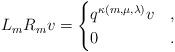
LaTeX: \begin{align*}L_mR_m v = \begin{cases}q^{\kappa(m,\mu,\lambda)} v & ,\\0 & .\end{cases}\end{align*}